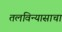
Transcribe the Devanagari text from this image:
तलविन्यासाचा